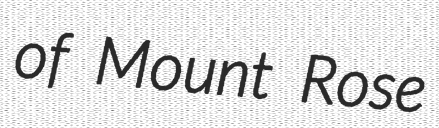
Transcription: of Mount Rose